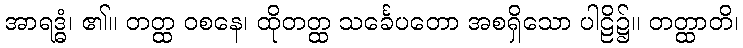
အာရဒ္ဓံ၊ ၏။ တတ္ထ ဝစနေ၊ ထိုတတ္ထ သင်္ခေပတော အစရှိသော ပါဠိ၌။ တတ္ထာတိ၊